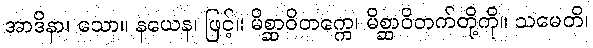
အာဒိနာ၊ သော။ နယေန၊ ဖြင့်။ မိစ္ဆာဝိတက္ကေ၊ မိစ္ဆာဝိတက်တို့ကို။ သမေတိ၊